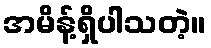
အမိန့်ရှိပါသတဲ့။